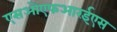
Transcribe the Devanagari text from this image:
एसओएफआरईएस